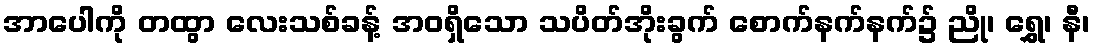
အာပေါကို တထွာ လေးသစ်ခန့် အဝရှိသော သပိတ်အိုးခွက် စောက်နက်နက်၌ ညို၊ ရွှေ၊ နီ၊